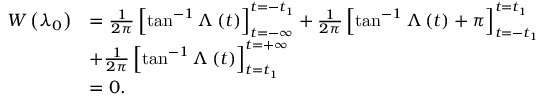
\begin{array} { r l } { W \left( \lambda _ { 0 } \right) } & { = \frac { 1 } { 2 \pi } \left[ \tan ^ { - 1 } \Lambda \left( t \right) \right] _ { t = - \infty } ^ { t = - t _ { 1 } } + \frac { 1 } { 2 \pi } \left[ \tan ^ { - 1 } \Lambda \left( t \right) + \pi \right] _ { t = - t _ { 1 } } ^ { t = t _ { 1 } } } \\ & { + \frac { 1 } { 2 \pi } \left[ \tan ^ { - 1 } \Lambda \left( t \right) \right] _ { t = t _ { 1 } } ^ { t = + \infty } } \\ & { = 0 . } \end{array}